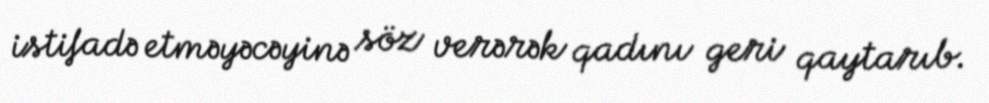
istifadə etməyəcəyinə söz verərək qadını geri qaytarıb.